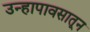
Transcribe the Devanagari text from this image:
उन्हापावसातून